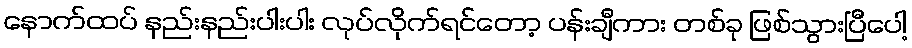
နောက်ထပ် နည်းနည်းပါးပါး လုပ်လိုက်ရင်တော့ ပန်းချီကား တစ်ခု ဖြစ်သွားပြီပေါ့